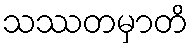
သဿတမှာတိ